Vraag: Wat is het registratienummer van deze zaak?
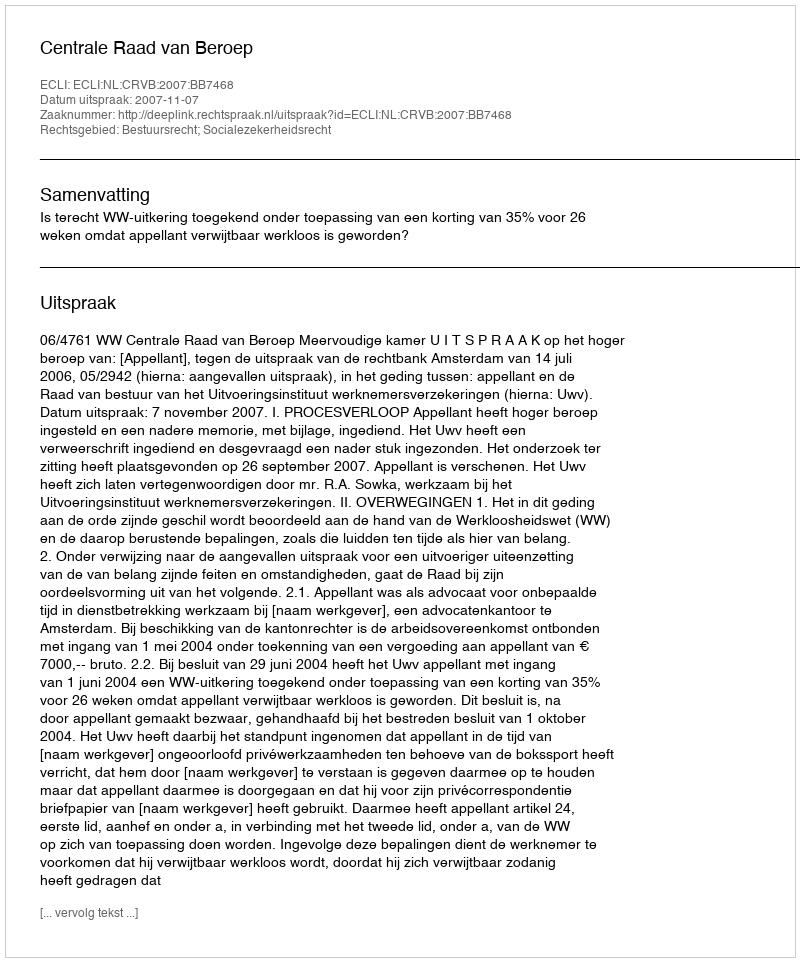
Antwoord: http://deeplink.rechtspraak.nl/uitspraak?id=ECLI:NL:CRVB:2007:BB7468